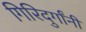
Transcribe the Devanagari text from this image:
गिरिदुर्गांनी